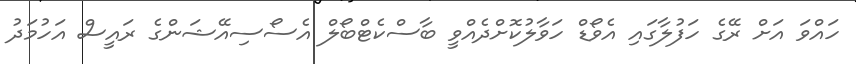
ހައްވަ އަށް ރޭގެ ހަފުލާގައި އެވޯޑް ހަވާލުކޮށްދެއްވީ ބާސްކެޓްބޯލް އެސޯސިއޭޝަންގެ ރައީސް އަހުމަދު